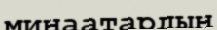
минаатардың